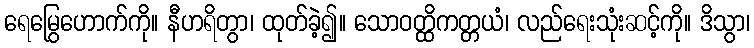
ရေမြွေဟောက်ကို။ နီဟရိတွာ၊ ထုတ်ခဲ့၍။ သောဝတ္ထိကတ္တယံ၊ လည်ရေးသုံးဆင့်ကို။ ဒိသွာ၊